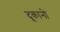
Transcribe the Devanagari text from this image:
दूकानो